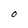
Character: O